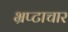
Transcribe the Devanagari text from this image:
भ्रप्टाचार